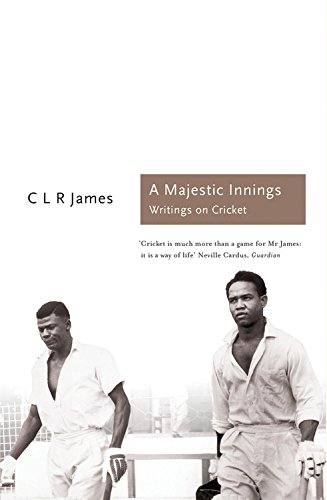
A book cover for A Majestic Innings (Sports Classics); CLR James; Sports & Outdoors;